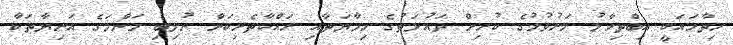
ހިތާމައަކީ އިބްތިހާލު މަރުވުމުގެ ކުރިން ދައުލަތުގެ ހިމާޔަތާއި ރައްކާތެރިކަން ނުލިބި މަންމަގެ އަނިޔާތަކާ